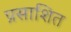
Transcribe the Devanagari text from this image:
प्रसाशित